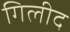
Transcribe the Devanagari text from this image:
गिलीद